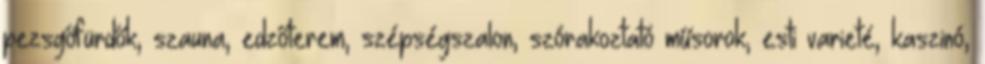
pezsgőfürdők, szauna, edzőterem, szépségszalon, szórakoztató műsorok, esti varieté, kaszinó,